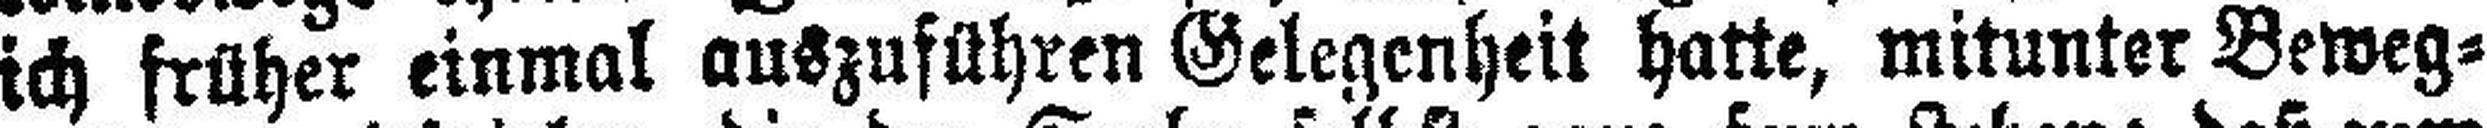
ich früher einmal auszuführen Gelegenheit hatte, mitunter Beweg¬